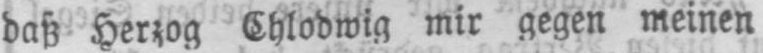
daß Herzog Chlodwig mir gegen meinen